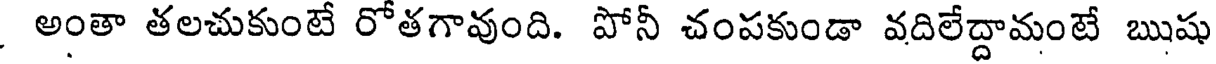
అంతా తలచుకుంటే రోతగావుంది. పోనీ చంపకుండా వదిలేద్దామంటే ఋషు